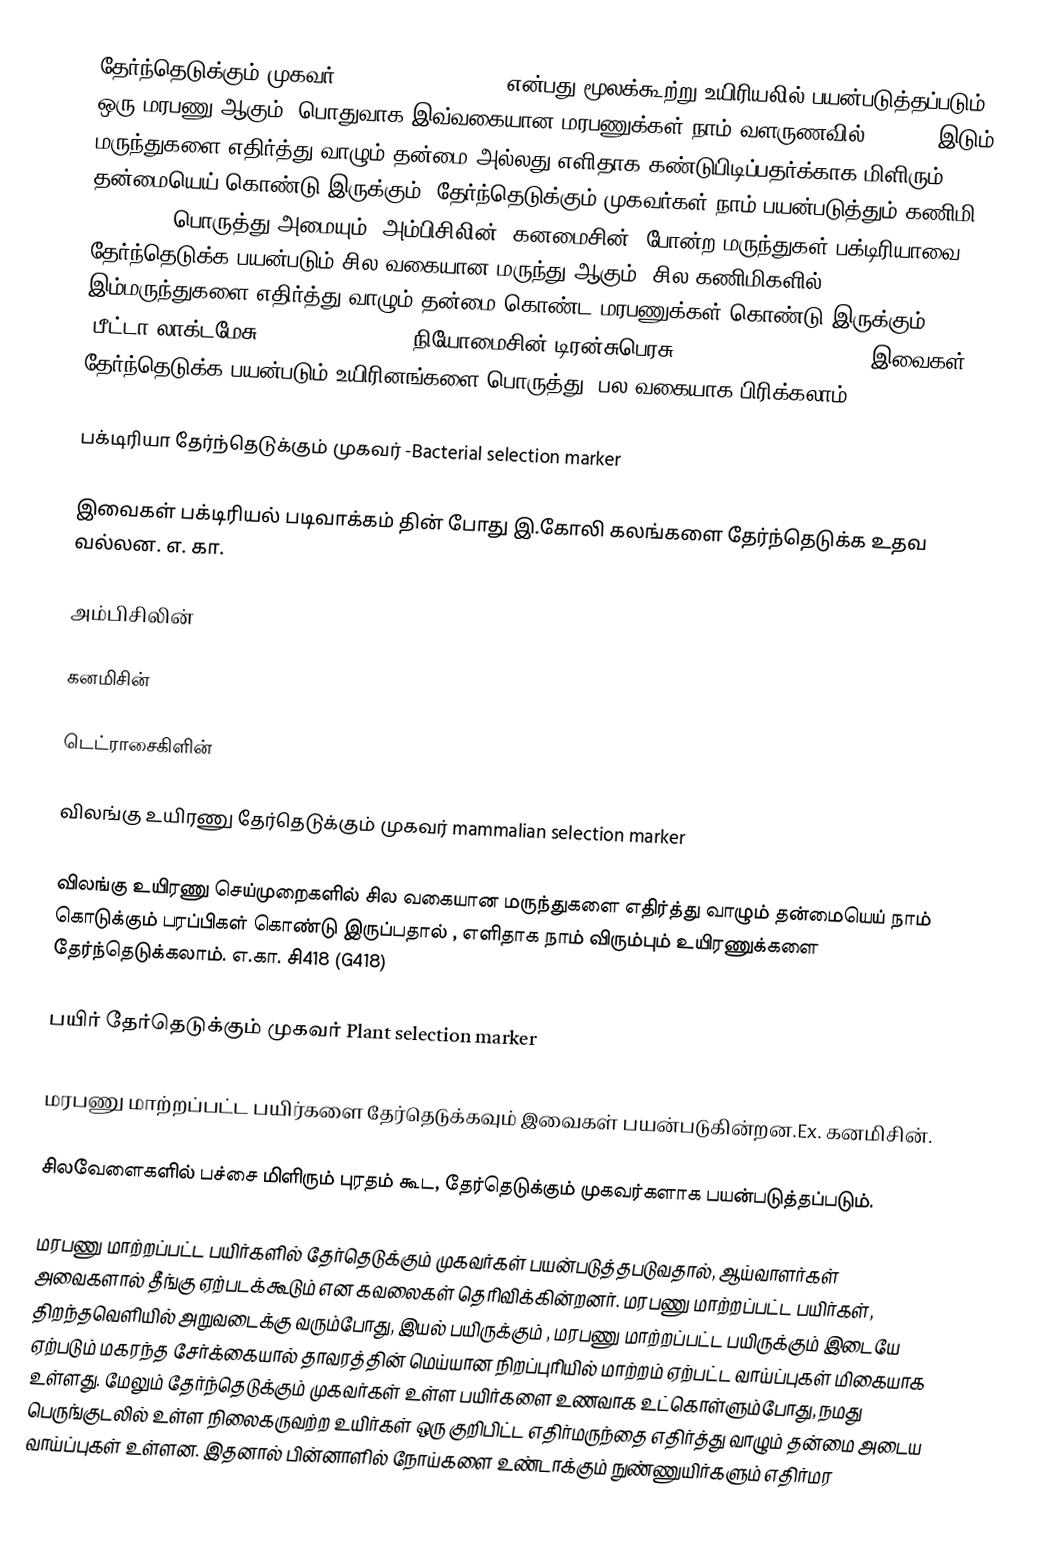
தேர்ந்தெடுக்கும் முகவர் (selectable marker) என்பது மூலக்கூற்று உயிரியலில் பயன்படுத்தப்படும் ஒரு மரபணு ஆகும். பொதுவாக இவ்வகையான மரபணுக்கள் நாம் வளருணவில் (media) இடும் மருந்துகளை எதிர்த்து வாழும் தன்மை அல்லது எளிதாக கண்டுபிடிப்பதர்க்காக மிளிரும் தன்மையெய் கொண்டு இருக்கும். தேர்ந்தெடுக்கும் முகவர்கள் நாம் பயன்படுத்தும் கணிமி (Plasmid) பொருத்து அமையும். அம்பிசிலின், கனமைசின், போன்ற மருந்துகள் பக்டிரியாவை தேர்ந்தெடுக்க பயன்படும் சில வகையான மருந்து ஆகும். சில கணிமிகளில் இம்மருந்துகளை எதிர்த்து வாழும் தன்மை கொண்ட மரபணுக்கள்  கொண்டு இருக்கும் (பீட்டா-லாக்டமேசு (beta lactamase), நியோமைசின் டிரன்சுபெரசு (Neomycin transferase).இவைகள் தேர்ந்தெடுக்க பயன்படும் உயிரினங்களை பொருத்து, பல வகையாக பிரிக்கலாம்.

பக்டிரியா தேர்ந்தெடுக்கும் முகவர்  -Bacterial selection marker

இவைகள் பக்டிரியல் படிவாக்கம் தின் போது இ.கோலி கலங்களை தேர்ந்தெடுக்க உதவ வல்லன. எ. கா.

அம்பிசிலின்

கனமிசின்

டெட்ராசைகிளின்

விலங்கு உயிரணு தேர்தெடுக்கும் முகவர் mammalian selection marker

விலங்கு உயிரணு செய்முறைகளில் சில வகையான மருந்துகளை எதிர்த்து வாழும் தன்மையெய் நாம் கொடுக்கும் பரப்பிகள் கொண்டு இருப்பதால் , எளிதாக நாம் விரும்பும் உயிரணுக்களை தேர்ந்தெடுக்கலாம்.  எ.கா. சி418 (G418)

பயிர் தேர்தெடுக்கும் முகவர் Plant selection marker

மரபணு மாற்றப்பட்ட  பயிர்களை தேர்தெடுக்கவும் இவைகள் பயன்படுகின்றன.Ex. கனமிசின்.

சிலவேளைகளில் பச்சை மிளிரும் புரதம் கூட, தேர்தெடுக்கும் முகவர்களாக பயன்படுத்தப்படும்.

மரபணு மாற்றப்பட்ட பயிர்களில் தேர்தெடுக்கும் முகவர்கள் பயன்படுத்தபடுவதால், ஆய்வாளர்கள் அவைகளால் தீங்கு ஏற்படக்கூடும் என கவலைகள் தெரிவிக்கின்றனர். மரபணு மாற்றப்பட்ட பயிர்கள், திறந்தவெளியில் அறுவடைக்கு வரும்போது, இயல் பயிருக்கும் , மரபணு மாற்றப்பட்ட பயிருக்கும் இடையே ஏற்படும் மகரந்த சேர்க்கையால் தாவரத்தின் மெய்யான நிறப்புரியில் மாற்றம் ஏற்பட்ட வாய்ப்புகள் மிகையாக உள்ளது. மேலும் தேர்ந்தெடுக்கும் முகவர்கள் உள்ள பயிர்களை உணவாக உட்கொள்ளும்போது, நமது பெருங்குடலில் உள்ள நிலைகருவற்ற உயிர்கள் ஒரு குறிபிட்ட  எதிர்மருந்தை எதிர்த்து வாழும் தன்மை அடைய வாய்ப்புகள் உள்ளன. இதனால் பின்னாளில் நோய்களை உண்டாக்கும் நுண்ணுயிர்களும் எதிர்மர